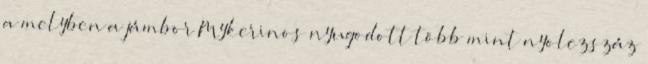
a melyben a jámbor Mykerinos nyugodott több mint nyolczszáz